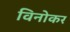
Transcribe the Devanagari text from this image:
विनोकर